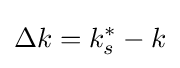
\Delta k=k_{s}^{*}-k